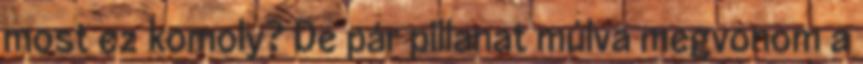
most ez komoly? De pár pillanat múlva megvonom a